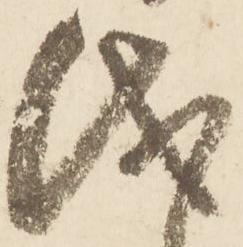
儀